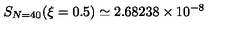
S _ { N = 4 0 } ( \xi = 0 . 5 ) \simeq 2 . 6 8 2 3 8 \times 1 0 ^ { - 8 }